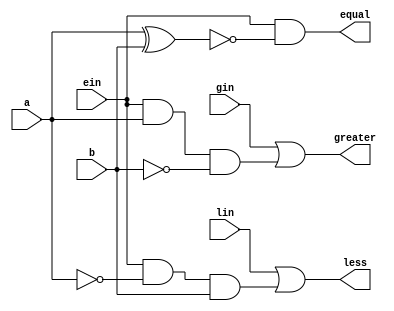
module comparator_1bit(a, b, lin, ein, gin, less, equal, greater);
    input a, b, lin, ein, gin;

    output wire less;;
    output wire equal;
    output wire greater;

    assign less = lin|ein&~a&b;
    assign equal = ein&~(a^b);
    assign greater = gin|ein&a&~b; 
    
endmodule